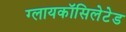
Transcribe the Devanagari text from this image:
ग्लायकॉसिलेटेड